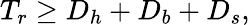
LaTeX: T_{r}\ge D_{h}+D_{b}+D_{s},